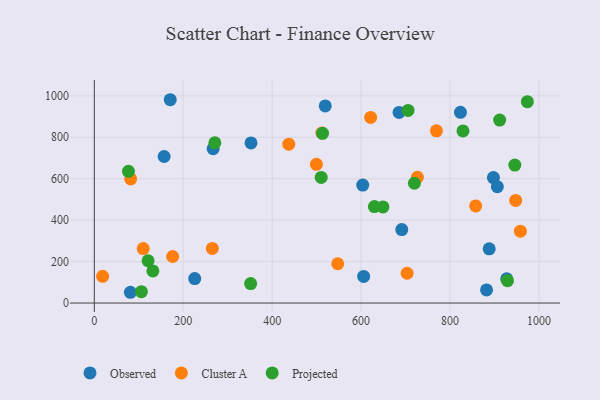
{"axis": {"x": "Experience", "y": "Fuel Efficiency"}, "legend": ["Cluster A", "Observed", "Projected"], "data": [{"x": "170.8", "y": 981.2, "type": "Observed"}, {"x": "225.8", "y": 118.0, "type": "Observed"}, {"x": "685.4", "y": 919.9, "type": "Observed"}, {"x": "157.0", "y": 707.3, "type": "Observed"}, {"x": "81.2", "y": 52.0, "type": "Observed"}, {"x": "519.4", "y": 951.3, "type": "Observed"}, {"x": "927.5", "y": 116.7, "type": "Observed"}, {"x": "882.2", "y": 63.1, "type": "Observed"}, {"x": "888.1", "y": 261.8, "type": "Observed"}, {"x": "823.5", "y": 920.6, "type": "Observed"}, {"x": "897.6", "y": 605.6, "type": "Observed"}, {"x": "605.8", "y": 128.3, "type": "Observed"}, {"x": "691.5", "y": 354.4, "type": "Observed"}, {"x": "352.4", "y": 772.7, "type": "Observed"}, {"x": "267.3", "y": 745.0, "type": "Observed"}, {"x": "906.4", "y": 561.4, "type": "Observed"}, {"x": "603.7", "y": 569.2, "type": "Observed"}, {"x": "703.5", "y": 143.7, "type": "Cluster A"}, {"x": "726.6", "y": 606.9, "type": "Cluster A"}, {"x": "769.5", "y": 831.0, "type": "Cluster A"}, {"x": "511.8", "y": 820.7, "type": "Cluster A"}, {"x": "857.7", "y": 468.7, "type": "Cluster A"}, {"x": "947.7", "y": 495.1, "type": "Cluster A"}, {"x": "499.5", "y": 669.6, "type": "Cluster A"}, {"x": "621.5", "y": 896.0, "type": "Cluster A"}, {"x": "547.5", "y": 189.7, "type": "Cluster A"}, {"x": "437.4", "y": 766.5, "type": "Cluster A"}, {"x": "18.7", "y": 128.9, "type": "Cluster A"}, {"x": "265.4", "y": 263.5, "type": "Cluster A"}, {"x": "176.2", "y": 224.7, "type": "Cluster A"}, {"x": "110.0", "y": 263.0, "type": "Cluster A"}, {"x": "958.3", "y": 347.0, "type": "Cluster A"}, {"x": "81.7", "y": 599.2, "type": "Cluster A"}, {"x": "705.6", "y": 929.5, "type": "Projected"}, {"x": "105.9", "y": 55.1, "type": "Projected"}, {"x": "271.1", "y": 773.0, "type": "Projected"}, {"x": "719.9", "y": 578.2, "type": "Projected"}, {"x": "351.6", "y": 93.8, "type": "Projected"}, {"x": "649.2", "y": 464.1, "type": "Projected"}, {"x": "945.8", "y": 666.0, "type": "Projected"}, {"x": "76.8", "y": 635.5, "type": "Projected"}, {"x": "510.3", "y": 606.1, "type": "Projected"}, {"x": "131.7", "y": 154.8, "type": "Projected"}, {"x": "829.2", "y": 830.4, "type": "Projected"}, {"x": "120.9", "y": 204.2, "type": "Projected"}, {"x": "513.3", "y": 819.0, "type": "Projected"}, {"x": "630.0", "y": 465.5, "type": "Projected"}, {"x": "929.3", "y": 107.9, "type": "Projected"}, {"x": "911.7", "y": 882.8, "type": "Projected"}, {"x": "974.0", "y": 971.8, "type": "Projected"}]}